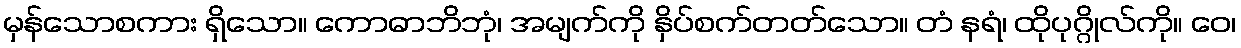
မှန်သောစကား ရှိသော။ ကောဓာဘိဘုံ၊ အမျက်ကို နှိပ်စက်တတ်သော။ တံ နရံ၊ ထိုပုဂ္ဂိုလ်ကို။ ဝေ၊